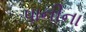
પાનીના